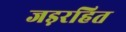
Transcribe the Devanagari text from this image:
जड़रहित